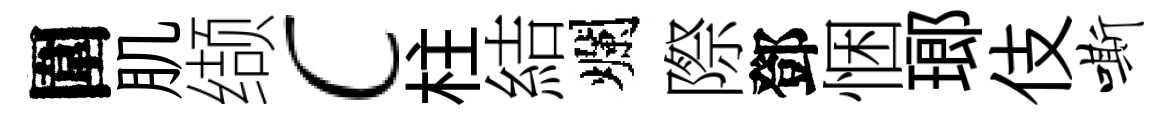
圍肌缬c柱結爛際鄧悃瑯伎嘶